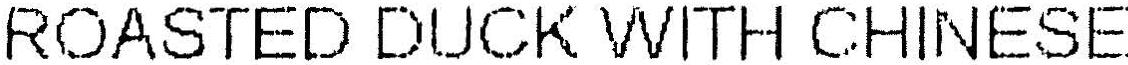
ROASTED DUCK WITH CHINESE